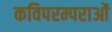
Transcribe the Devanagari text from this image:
कविपरम्पराओं